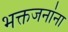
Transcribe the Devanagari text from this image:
भक्तजनांना